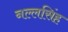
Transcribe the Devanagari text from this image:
नल्लसिंह